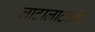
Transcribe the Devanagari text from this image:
लाटालाटांनी